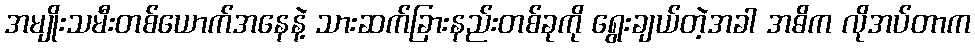
အမျိုးသမီးတစ်ယောက်အနေနဲ့ သားဆက်ခြားနည်းတစ်ခုကို ရွေးချယ်တဲ့အခါ အဓိက လိုအပ်တာက